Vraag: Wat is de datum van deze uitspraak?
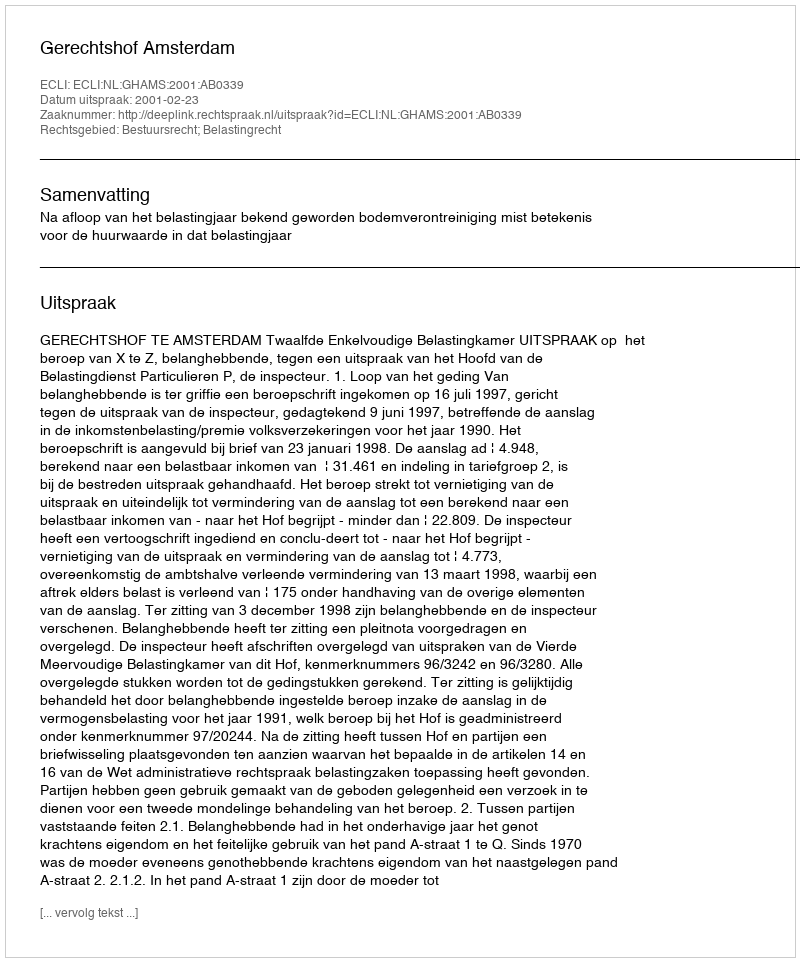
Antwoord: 2001-02-23